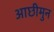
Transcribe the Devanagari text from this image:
आछीमुन